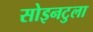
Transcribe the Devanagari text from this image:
सोइनटुला